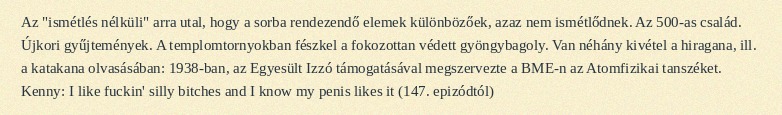
Az "ismétlés nélküli" arra utal, hogy a sorba rendezendő elemek különbözőek, azaz nem ismétlődnek. Az 500-as család. Újkori gyűjtemények. A templomtornyokban fészkel a fokozottan védett gyöngybagoly. Van néhány kivétel a hiragana, ill. a katakana olvasásában: 1938-ban, az Egyesült Izzó támogatásával megszervezte a BME-n az Atomfizikai tanszéket. Kenny: I like fuckin' silly bitches and I know my penis likes it (147. epizódtól)